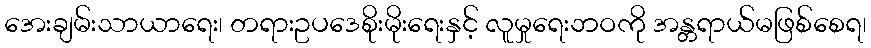
အေးချမ်းသာယာရေး၊ တရားဥပဒေစိုးမိုးရေးနှင့် လူမှုရေးဘဝကို အန္တရာယ်မဖြစ်စေရ၊